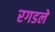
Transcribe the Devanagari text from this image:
रगडले